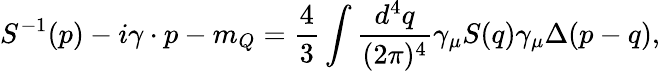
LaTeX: S^{-1}(p)-i\gamma\cdot p-m_{Q}=\frac{4}{3}\int\frac{d^{4}q}{(2\pi)^{4}}\gamma_{\mu}S(q)\gamma_{\mu}\Delta(p-q),